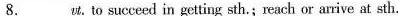
8.___w.To succeed in getting sth.; reach or arrive at sth.